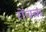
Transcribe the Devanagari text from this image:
रोंचक